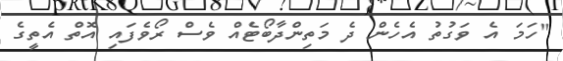
"ހަމަ އެ ވަގުތު އެހެން ދެ މަތިންދާބޯޓެއް ވެސް ރޯވެފައި އޮތް އެތީގެ